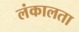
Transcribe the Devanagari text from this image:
लंकालता